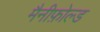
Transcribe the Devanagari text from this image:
मैनीफ़ोल्ड